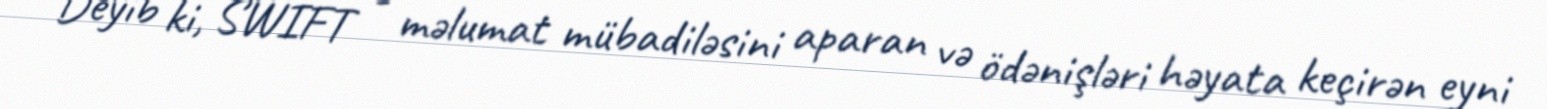
Deyib ki, SWIFT - məlumat mübadiləsini aparan və ödənişləri həyata keçirən eyni